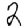
Digit: 2